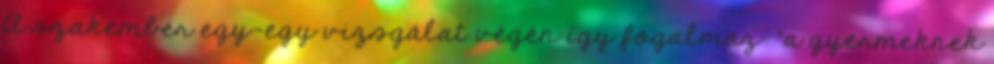
A szakember egy-egy vizsgálat végén így fogalmaz: "a gyermeknek